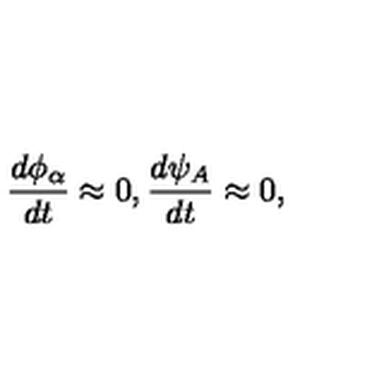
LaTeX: { \frac { d { \phi _ { \alpha } } } { d t } } \approx 0 , { \frac { d { \psi _ { A } } } { d t } } \approx 0 ,